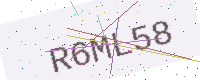
Text: R6ML58